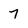
Character: 7